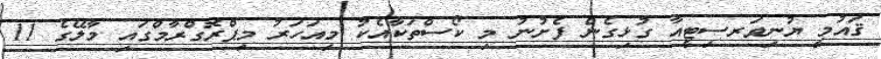
ޤައުމީ ޔުނިވަރސިޓީއާ ގުޅިގެން ފެށުނު މި ކޯސްތަކާއެކު މިއަހަރު މިޕްރޮގްރާމްގައި މާލޭގެ 11